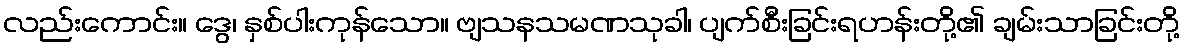
လည်းကောင်း။ ဒွေ၊ နှစ်ပါးကုန်သော။ ဗျသနသမဏသုခါ၊ ပျက်စီးခြင်းရဟန်းတို့၏ ချမ်းသာခြင်းတို့